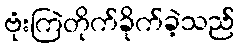
ဗုံးကြဲတိုက်ခိုက်ခဲ့သည်